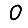
Digit: 0